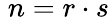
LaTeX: \; n=r\cdot s